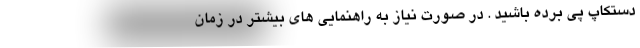
دستکاپ پی برده باشید . در صورت نیاز به راهنمایی های بیشتر در زمان